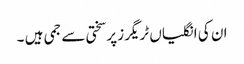
ان کی انگلیاں ٹریگرز پرسختی سے جمی ہیں ۔